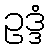
ဥဒ္ဒံ